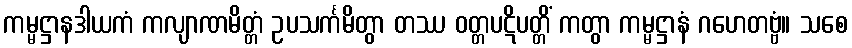
ကမ္မဋ္ဌာနဒါယကံ ကလျာဏမိတ္တံ ဥပသင်္ကမိတွာ တဿ ဝတ္တပဋိပတ္တိံ ကတွာ ကမ္မဋ္ဌာနံ ဂဟေတဗ္ဗံ။ သစေ